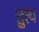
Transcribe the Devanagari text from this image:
तुत्थ